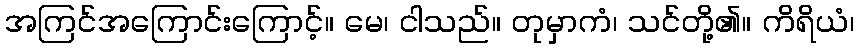
အကြင်အကြောင်းကြောင့်။ မေ၊ ငါသည်။ တုမှာကံ၊ သင်တို့၏။ ကိရိယံ၊